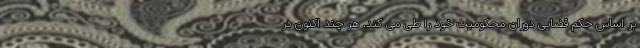
بر اساس حکم قضایی دوران محکومیت خود را طی می کند. هر چند اکنون در